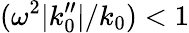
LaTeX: (\omega^{2}|k_{0}^{\prime\prime}|/k_{0})<1